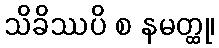
သိခိဿပိ စ နမတ္ထု၊